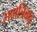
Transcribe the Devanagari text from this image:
समत्रिबाहु